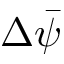
\Delta \Bar { \psi }